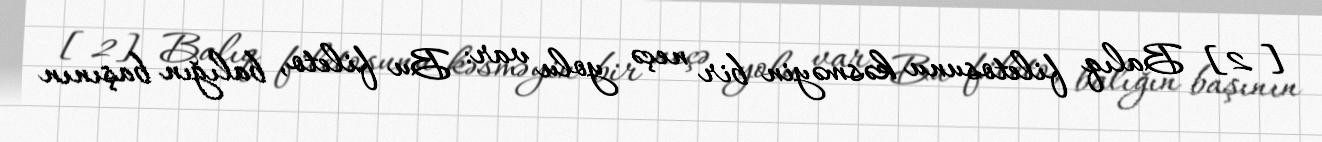
[2] Balıq filetosunu kəsməyin bir neçə yolu var: Bu fileto, balığın başının